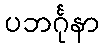
ပဘင်္ဂုနာ